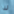
لذا